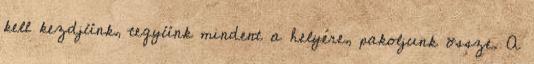
kell kezdjünk, tegyünk mindent a helyére, pakoljunk össze. A